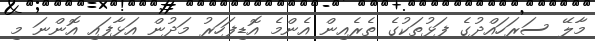
މާލޭ ސަރަހައްދުގެ ފަޅުތަކުގެ ތެރެއިން އެންމެ އޮޑިފަހަރު މަދުން އަޅާފައި އޮންނަ މި